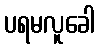
ပရမလူခေါ